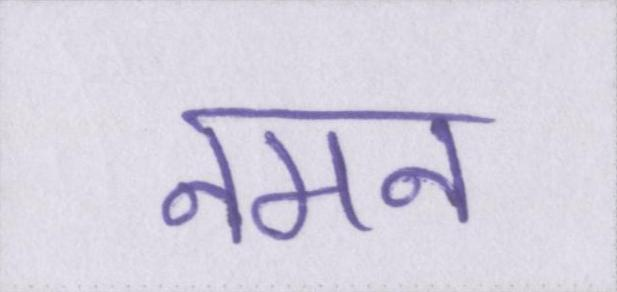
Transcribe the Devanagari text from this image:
नमन